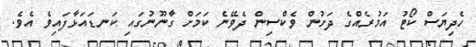
ހެދިޔަސް ކޯޓު އަމުރެއްގެ ދަށުން ވެކްސިން ދެވޭނެ ކަމަށް ގާނޫނުގައި ކަނޑައަޅާފައިވެ އެވެ.